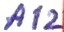
Text: A12